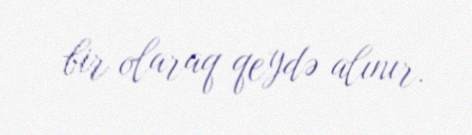
bir olaraq qeydə alınır.